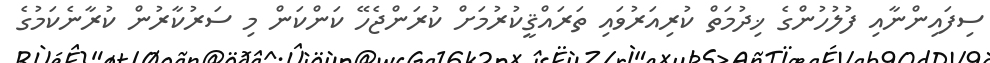
ސިފައިންނާއި ފުލުހުންގެ ޚިދުމަތް ކުރިއަރުވައި ތަރައްޤީކުރުމަށް ކުރަންޖެހޭ ކަންކަން މި ސަރުކާރުން ކުރާނެކަމުގެ